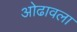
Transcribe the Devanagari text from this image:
ओढावला